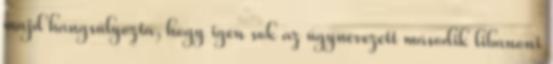
majd hangsúlyozta, hogy igen sok az úgynevezett második libanoni